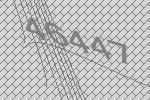
46447